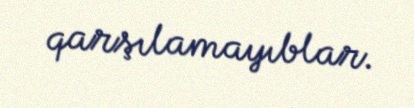
qarşılamayıblar.